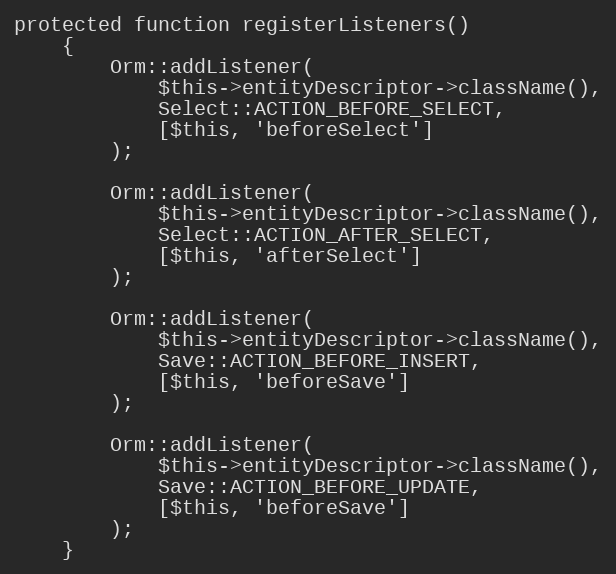
Language: PHP
protected function registerListeners()
    {
        Orm::addListener(
            $this->entityDescriptor->className(),
            Select::ACTION_BEFORE_SELECT,
            [$this, 'beforeSelect']
        );

        Orm::addListener(
            $this->entityDescriptor->className(),
            Select::ACTION_AFTER_SELECT,
            [$this, 'afterSelect']
        );

        Orm::addListener(
            $this->entityDescriptor->className(),
            Save::ACTION_BEFORE_INSERT,
            [$this, 'beforeSave']
        );

        Orm::addListener(
            $this->entityDescriptor->className(),
            Save::ACTION_BEFORE_UPDATE,
            [$this, 'beforeSave']
        );
    }